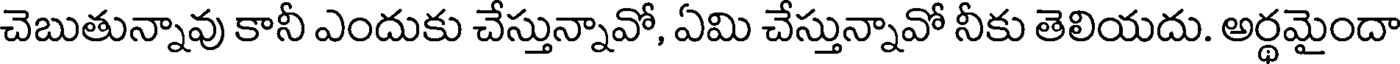
చెబుతున్నావు కానీ ఎందుకు చేస్తున్నావో, ఏమి చేస్తున్నావో నీకు తెలియదు. అర్థమైందా